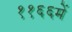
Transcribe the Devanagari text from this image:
११६६में